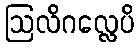
ဩလိဂလ္လေပိ